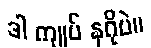
ဒါ ကျုပ် နဂိုပဲ။